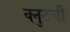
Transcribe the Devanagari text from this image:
क्नुटची